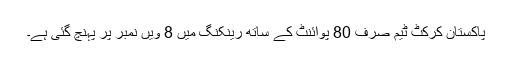
پاکستان کرکٹ ٹیم صرف 80 پوائنٹ کے ساتھ رینکنگ میں 8 ویں نمبر پر پہنچ گئی ہے۔